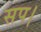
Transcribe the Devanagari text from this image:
सप।